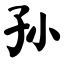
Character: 孙